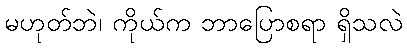
မဟုတ်ဘဲ၊ ကိုယ်က ဘာပြောစရာ ရှိသလဲ